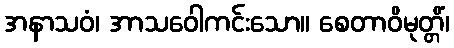
အနာသဝံ၊ အာသဝေါကင်းသော။ စေတာဝိမုတ္တိံ၊